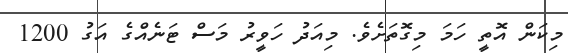
މިކަން އޮތީ ހަމަ މިގޮތަށެވެ. މިއަދު ހަވީރު މަސް ޓަނެއްގެ އަގު 1200